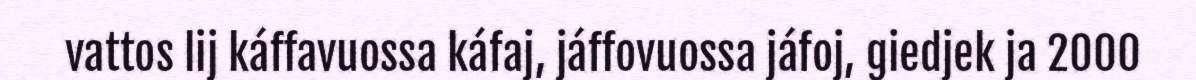
vattos lij káffavuossa káfaj, jáffovuossa jáfoj, giedjek ja 2000